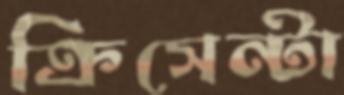
ক্রিসেন্টা